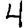
Digit: 4